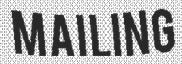
MAILING